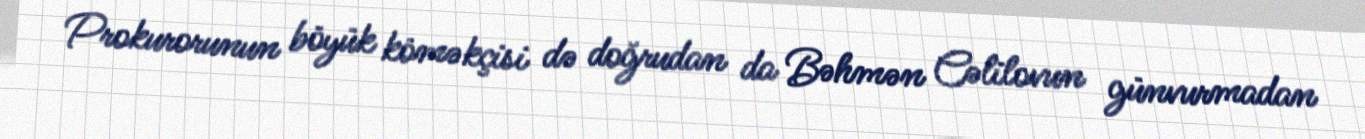
Prokurorunun böyük köməkçisi də doğrudan da Bəhmən Cəlilovun günvurmadan